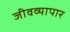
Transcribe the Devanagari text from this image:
जीवव्यापार